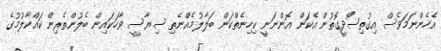
އެހެންނަމަވެސް އިގުތިސޯދީގޮތުން އެކަން އޮންނަނީ ކިހިނެތްކަން ބަލާލުމެއްނެތި ސިޔާސީ ވާހަކައިން ބެލުންތެރިން ކައްކާލުމުގެ